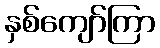
နှစ်ကျော်ကြာ